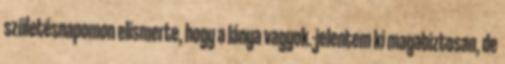
születésnapomon elismerte, hogy a lánya vagyok.-jelentem ki magabiztosan, de